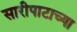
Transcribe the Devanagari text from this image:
सारीपाटाच्या